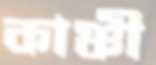
কাঞ্চী